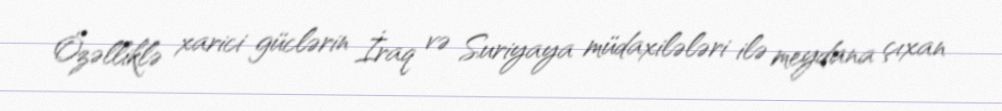
Özəlliklə xarici güclərin İraq və Suriyaya müdaxilələri ilə meydana çıxan